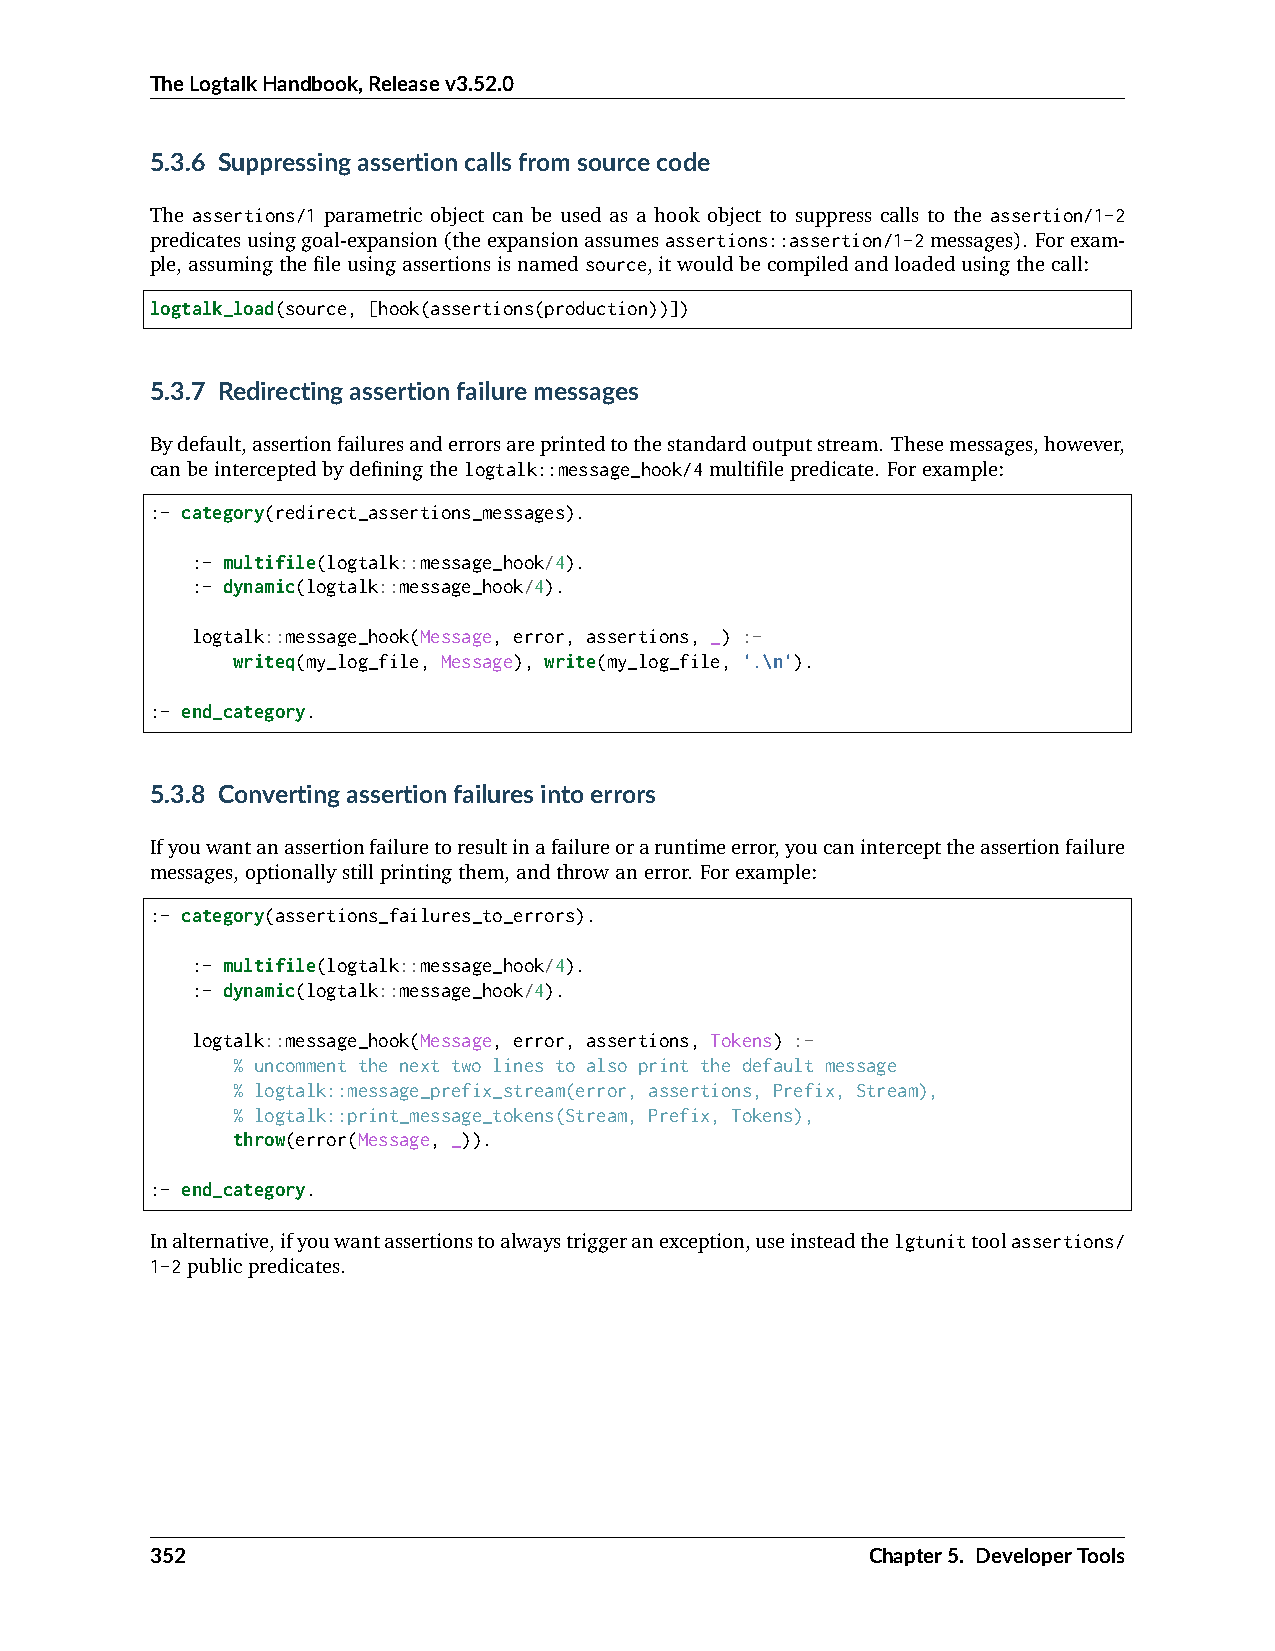
TheLogtalkHandbook,Releasev3.52.0
 5.3.6 Suppressingassertioncallsfromsourcecode
 The assertions/1 parametric object can be used as a hook object to suppress calls to the assertion/1-2
 predicatesusinggoal-expansion(theexpansionassumesassertions::assertion/1-2messages). Forexam-
 ple,assumingthefileusingassertionsisnamedsource,itwouldbecompiledandloadedusingthecall:
 logtalk_load(source, [hook(assertions(production))])
 5.3.7 Redirectingassertionfailuremessages
 Bydefault,assertionfailuresanderrorsareprintedtothestandardoutputstream. Thesemessages,however,
 canbeinterceptedbydefiningthelogtalk::message_hook/4multifilepredicate. Forexample:
 :- category(redirect_assertions_messages).
 :- multifile(logtalk::message_hook/4).
 :- dynamic(logtalk::message_hook/4).
 logtalk::message_hook(Message, error, assertions, _) :-
 writeq(my_log_file, Message), write(my_log_file, '.\n').
 :- end_category.
 5.3.8 Convertingassertionfailuresintoerrors
 Ifyouwantanassertionfailuretoresultinafailureoraruntimeerror,youcanintercepttheassertionfailure
 messages,optionallystillprintingthem,andthrowanerror. Forexample:
 :- category(assertions_failures_to_errors).
 :- multifile(logtalk::message_hook/4).
 :- dynamic(logtalk::message_hook/4).
 logtalk::message_hook(Message, error, assertions, Tokens) :-
 % uncomment the next two lines to also print the default message
 % logtalk::message_prefix_stream(error, assertions, Prefix, Stream),
 % logtalk::print_message_tokens(Stream, Prefix, Tokens),
 throw(error(Message, _)).
 :- end_category.
 Inalternative,ifyouwantassertionstoalwaystriggeranexception,useinsteadthelgtunittoolassertions/
 1-2publicpredicates.
 352                                             Chapter5. DeveloperTools